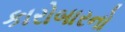
કારોબારનો